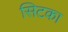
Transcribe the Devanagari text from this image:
सिटका